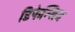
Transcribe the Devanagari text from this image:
डिफेन्सिव